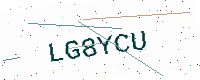
Text: LG8YCU